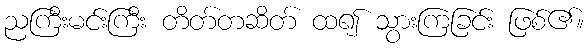
ညကြီးမင်းကြီး တိတ်တဆိတ် ထ၍ သွားကြခြင်း ဖြစ်၏။